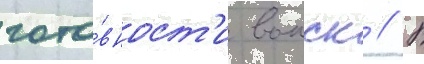
гото́вност'и воиск // В